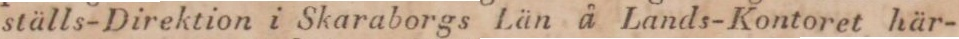
ställs-Direktion i Skaraborgs Län å Lands-Kontoret här-